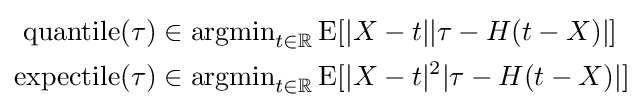
{\begin{aligned}\operatorname {quantile} (\tau )&\in \operatorname {argmin} _{t\in \mathbb {R} }\operatorname {E} [|X-t||\tau -H(t-X)|]\\\operatorname {expectile} (\tau )&\in \operatorname {argmin} _{t\in \mathbb {R} }\operatorname {E} [|X-t|^{2}|\tau -H(t-X)|]\end{aligned}}